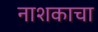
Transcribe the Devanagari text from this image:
नाशकाचा